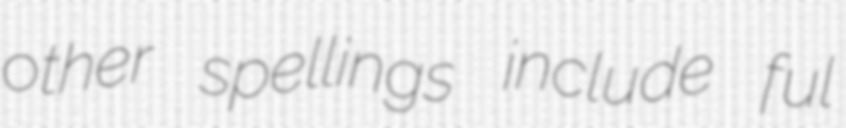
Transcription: other spellings include ful